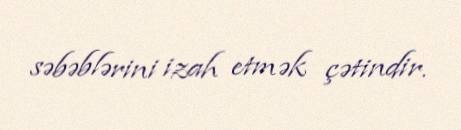
səbəblərini izah etmək çətindir.